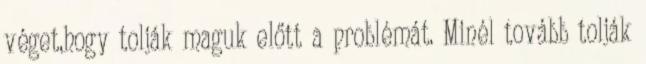
véget,hogy tolják maguk előtt a problémát. Minél tovább tolják